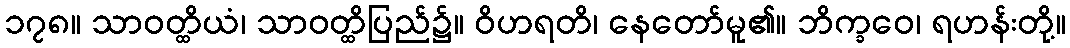
၁၇၈။ သာဝတ္ထိယံ၊ သာဝတ္ထိပြည်၌။ ဝိဟရတိ၊ နေတော်မူ၏။ ဘိက္ခဝေ၊ ရဟန်းတို့။